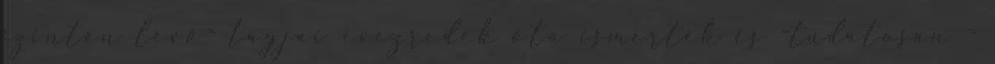
szinten lévő- tagjai évezredek óta ismerték és -tudatosan -